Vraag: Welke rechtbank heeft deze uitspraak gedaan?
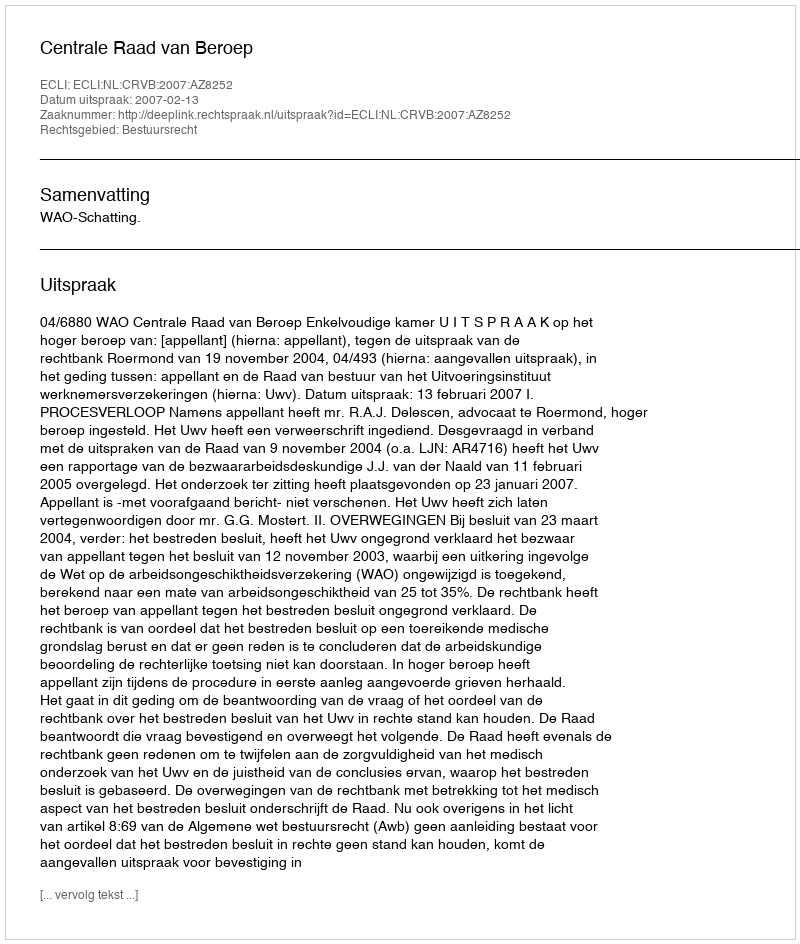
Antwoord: Centrale Raad van Beroep